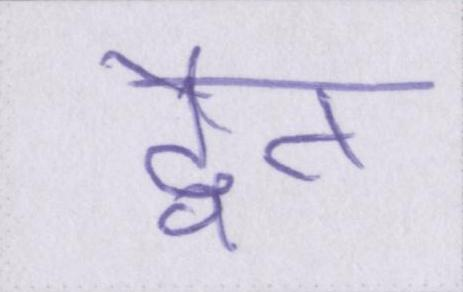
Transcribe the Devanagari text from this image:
द्वैत